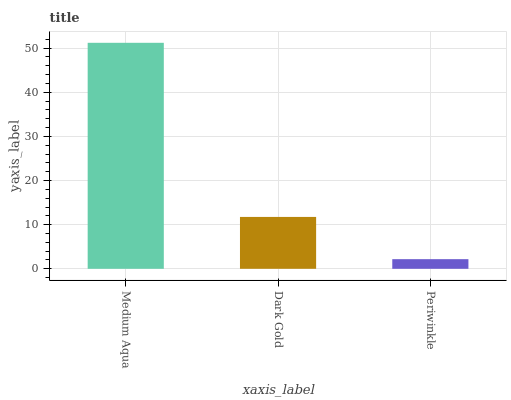
| xaxis_label | bars |
 | --- | --- |
 | Medium Aqua | 51.2 |
 | Dark Gold | 11.8 |
 | Periwinkle | 2.18 |